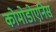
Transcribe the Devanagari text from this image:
कोमोडोएनिस